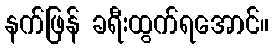
နက်ဖြန် ခရီးထွက်ရအောင်။